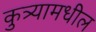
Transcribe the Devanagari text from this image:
कुत्र्यामधील